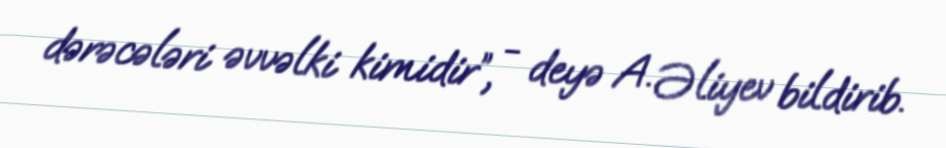
dərəcələri əvvəlki kimidir”, - deyə A. Əliyev bildirib.